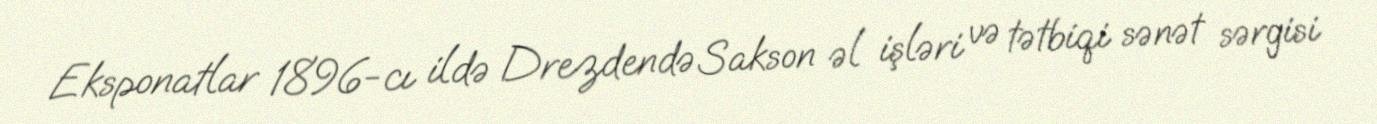
Eksponatlar 1896-cı ildə Drezdendə Sakson əl işləri və tətbiqi sənət sərgisi